Indian journal of veterinary science and animal husbandry - Volumes 22-23, 1952-1953
Year: 1952
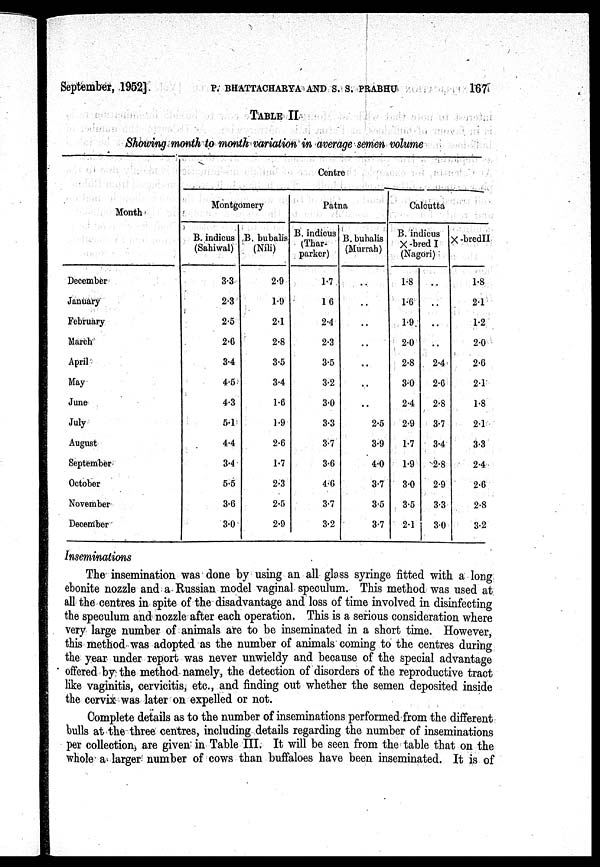
September, 1952]
P. BHATTACHARYA AND S. S. PRABHU
167
TABLE II
Showing month to month variation in average semen volume
Month
December
January
February
March
April
May
June
July
August
September
October
November
December
Centre
Montgomery
B. indicus
(Sahiwal)
3.3
2.3
2.5
2.6
3.4
4.5
4.3
5.1
4.4
3.4
5.5
3.6
3.0
B. bubalis
(Nili)
2.9
1.9
2.1
2.8
3.5
3.4
1.6
1.9
2.6
1.7
2.3
2.5
2.9
Patna
B. indicus
(Thar-
parker)
1.7
16
2.4
2.3
3.5
3.2
3.0
3.3
3.7
3.6
4.6
3.7
3.2
B. bubalis
(Murrah)
. .
. .
. .
. .
. .
. .
. .
2.5
3.9
4.0
3.7
3.5
3.7
Calcutta
B. indicus
X-bred I
(Nagori)
1.8
1.6
1.9.
2.0
2.8
3.0
2.4
2.9
1.7
1.9
3.0
3.5
2.1
. .
. .
. .
. .
2.4
2.6
2.8
3.7
3.4
2.8
2.9
3.3
3.0
X-bred II
1.8
2.1
1.2
2.0
2.6
2.1
1.8
2.1
3.3
2.4
2.6
2.8
3.2
Inseminations
The insemination was done by using an all glass syringe fitted with a long
ebonite nozzle and a Russian model vaginal speculum. This method was used at
all the centres in spite of the disadvantage and loss of time involved in disinfecting
the speculum and nozzle after each operation. This is a serious consideration where
very large number of animals are to be inseminated in a short time. However,
this method was adopted as the number of animals coming to the centres during
the year under report was never unwieldy and because of the special advantage
offered by the method. namely, the detection of disorders of the reproductive tract
like vaginitis, cervicitis, etc., and finding out whether the semen deposited inside
the cervix was later on expelled or not.
Complete details as to the number of inseminations performed from the different
bulls at the three centres, including details regarding the number of inseminations
per collection, are given in Table III. It will be seen from the table that on the
whole a larger number of cows than buffaloes have been inseminated. It is of